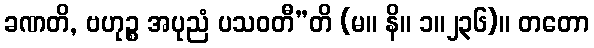
ခဏတိ, ဗဟုဉ္စ အပုညံ ပသဝတီ”တိ (မ။ နိ။ ၁။၂၃၆)။ တတော